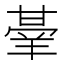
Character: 𭺭